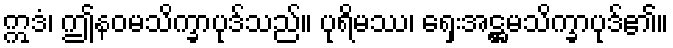
ဣဒံ၊ ဤနဝမသိက္ခာပုဒ်သည်။ ပုရိမဿ၊ ရှေးအဋ္ဌမသိက္ခာပုဒ်၏။